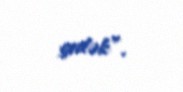
gedək”.